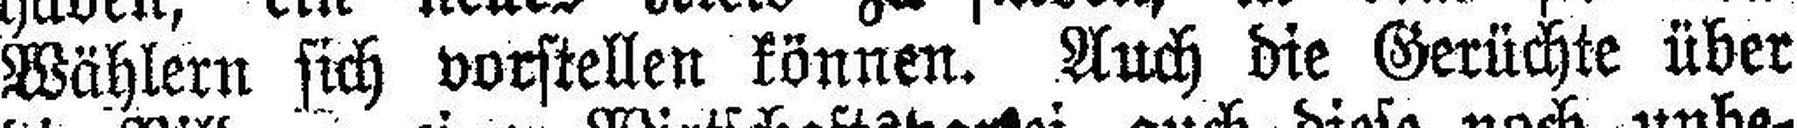
Wählern sich vorstellen können. Auch die Gerüchte über